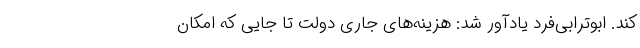
کند. ابوترابی‌فرد یادآور شد: هزینه‌های جاری دولت تا جایی که امکان